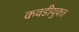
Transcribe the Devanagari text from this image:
कवडीयुक्‍त